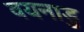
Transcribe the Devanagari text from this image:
वयनाडु